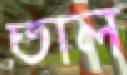
তাল